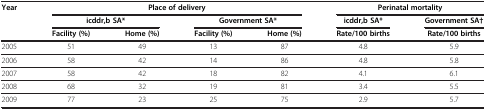
| Year | <COLSPAN=4> Place of delivery | <COLSPAN=2> Perinatal mortality |
 |  | <COLSPAN=2> icddr,b SA* | <COLSPAN=2> Government SA* | icddr,b SA* | Government SA† |
 |  | Facility (%) | Home (%) | Facility (%) | Home (%) | Rate/100 births | Rate/100 births |
 | --- | --- | --- | --- | --- | --- | --- |
 | 2005 | 51 | 49 | 13 | 87 | 4.8 | 5.9 |
 | 2006 | 58 | 42 | 14 | 86 | 4.8 | 5.8 |
 | 2007 | 58 | 42 | 18 | 82 | 4.1 | 6.1 |
 | 2008 | 68 | 32 | 19 | 81 | 3.4 | 5.5 |
 | 2009 | 77 | 23 | 25 | 75 | 2.9 | 5.7 |